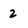
Character: 2